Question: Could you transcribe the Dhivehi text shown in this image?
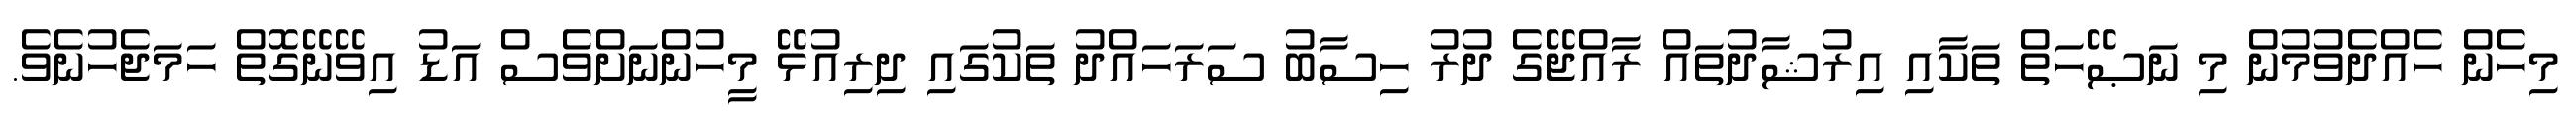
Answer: މިހެން ހެއްދެވުމުން މި ނަޞޭހަތް ތަކާއި އިރުޝާދުތައް ރާއްޖޭގެ ދުރު ހިސާބު ސަރަހައްދު ތަކުގައި ދިރިއުޅޭ މީހުންނަށްވެސް އަޑު އިވޭނޭގޮތް ހަމަޖެހުނެވެ.